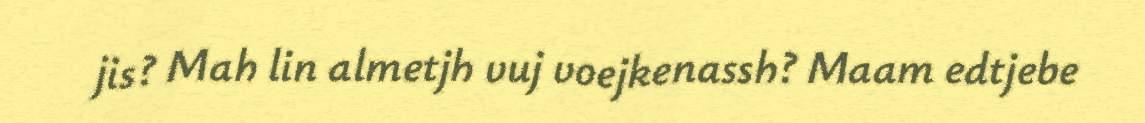
jis? Mah lin almetjh vuj voejkenassh? Maam edtjebe